Vaccination in the Punjab 1883-1896 - 1883-1896
Year: 1883
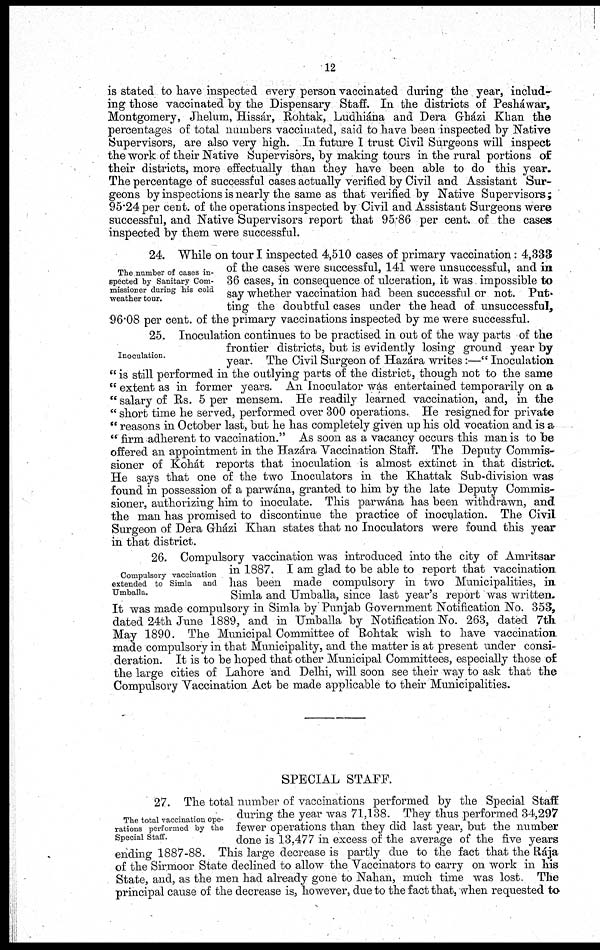
12
is stated to have inspected every person vaccinated during the year, includ-
ing those vaccinated by the Dispensary Staff. In the districts of Pesháwar,
Montgomery, Jhelum, Hissár, Rohták, Ludhiána and Dera Gházi Khan the
percentages of total numbers vaccinated, said to have been inspected by Native
Supervisors, are also very high. In future I trust Civil Surgeons will inspect
the work of their Native Supervisors, by making tours in the rural portions of
their districts, more effectually than they have been able to do this year.
The percentage of successful cases actually verified by Civil and Assistant Sur-
geons by inspections is nearly the same as that verified by Native Supervisors;
95.24 per cent. of the operations inspected by Civil and Assistant Surgeons were
successful, and Native Supervisors report that 95.86 per cent. of the cases
inspected by them were successful.
The number of cases in-
spected by Sanitary Com-
missioner during his cold
weather tour.
24. While on tour I inspected 4,510 cases of primary vaccination: 4,333
of the cases were successful, 141 were unsuccessful, and in
36 cases, in consequence of ulceration, it was impossible to
say whether vaccination had been successful or not. Put-
ting the doubtful cases under the head of unsuccessful,
96.08 per cent. of the primary vaccinations inspected by me were successful.
Inoculation.
25. Inoculation continues to be practised in out of the way parts of the
frontier districts, but is evidently losing ground year by
year. The Civil Surgeon of Hazára writes :—" Inoculation
" is still performed in the outlying parts of the district, though not to the same
" extent as in former years. An Inoculator was entertained temporarily on a
" salary of Rs. 5 per mensem. He readily learned vaccination, and, in the
" short time he served, performed over 300 operations. He resigned for private
" reasons in October last, but he has completely given up his old vocation and is a
" firm adherent to vaccination." As soon as a vacancy occurs this man is to be
offered an appointment in the Hazára Vaccination Staff. The Deputy Commis-
sioner of Kohát reports that inoculation is almost extinct in that district.
He says that one of the two Inoculators in the Khattak Sub-division was
found in possession of a parwána, granted to him by the late Deputy Commis-
sioner, authorizing him to inoculate. This parwána has been withdrawn, and
the man has promised to discontinue the practice of inoculation. The Civil
Surgeon of Dera Gházi Khan states that no Inoculators were found this year
in that district.
Compulsory vaccination
extended to Simla and
Umballa.
26. Compulsory vaccination was introduced into the city of Amritsar
in 1887. I am glad to be able to report that vaccination
has been made compulsory in two Municipalities, in
Simla and Umballa, since last year's report was written.
It was made compulsory in Simla by Punjab Government Notification No. 353,
dated 24th June 1889, and in Umballa by Notification No. 263, dated 7th
May 1890. The Municipal Committee of Rohtak wish to have vaccination
made compulsory in that Municipality, and the matter is at present under consi-
deration. It is to be hoped that other Municipal Committees, especially those of
the large cities of Lahore and Delhi, will soon see their way to ask that the
Compulsory Vaccination Act be made applicable to their Municipalities.
SPECIAL STAFF.
The total vaccination ope-
rations performed by the
Special Staff.
27. The total number of vaccinations performed by the Special Staff
during the year was 71,138. They thus performed 34,297
fewer operations than they did last year, but the number
done is 13,477 in excess of the average of the five years
ending 1887-88. This large decrease is partly due to the fact that the Rája
of the Sirmoor State declined to allow the Vaccinators to carry on work in his
State, and, as the men had already gone to Nahan, much time was lost. The
principal cause of the decrease is, however, due to the fact that, when requested to